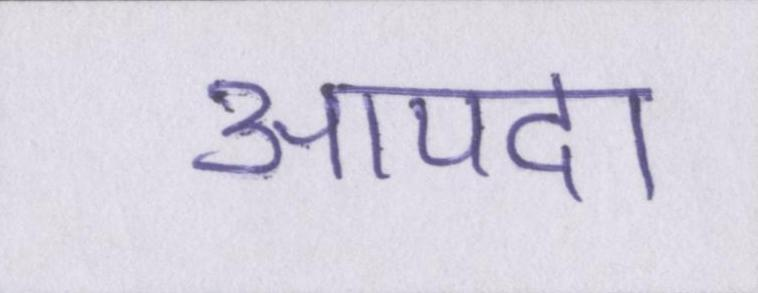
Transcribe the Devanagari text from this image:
आपदा